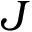
J